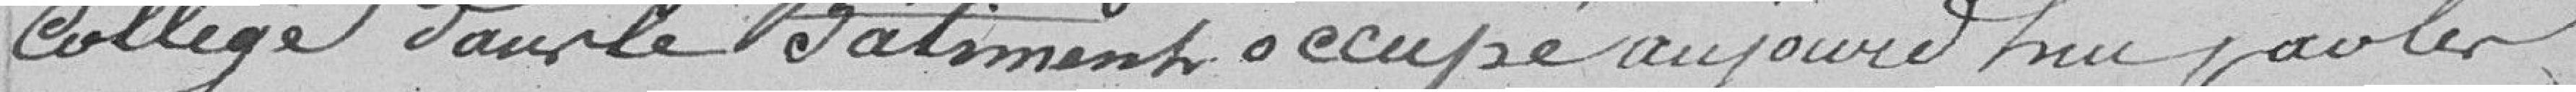
collège dans le bâtiment occupé aujourd'hui par les